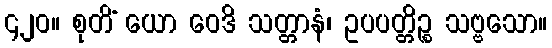
၄၂၀။ စုတိံ ယော ဝေဒိ သတ္တာနံ၊ ဥပပတ္တိဉ္စ သဗ္ဗသော။